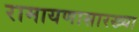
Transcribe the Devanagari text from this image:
रामायणासारख्या